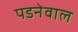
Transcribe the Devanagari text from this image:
पडनेवाल